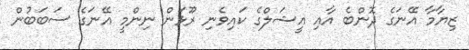
ޒިޔާމާ އޭނަގެ ދޮންބެ އާއި އީޝަލްގެ ކައިވެނި ރޫޅަން ނިންމީ އޭނަގެ ސަބަބުން